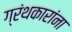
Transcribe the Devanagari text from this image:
ग्रंथकारांना